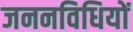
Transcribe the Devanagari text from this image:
जननविधियों